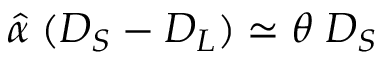
\hat { \alpha } \; ( D _ { S } - D _ { L } ) \simeq \theta \; D _ { S }